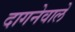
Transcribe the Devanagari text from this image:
दागनेवाले